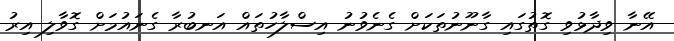
އޭނާ ވިދާޅުވި ގޮތުގައި ގާނޫނުތަކަށް ގެނެވުނު އިސްލާހުތައް އަނބުރާ ގެނައުމަށް ގޮވާލި އިރު